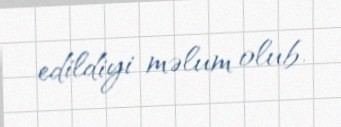
edildiyi məlum olub.